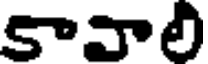
కావాలి